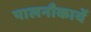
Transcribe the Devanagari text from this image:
पालनौकायें